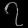
Digit: ၇